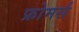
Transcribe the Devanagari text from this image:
फ्रोमर्स